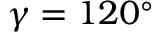
\gamma = 1 2 0 ^ { \circ }